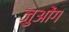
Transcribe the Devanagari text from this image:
जुओंग